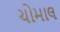
ચોમાલ